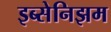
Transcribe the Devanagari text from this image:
इब्सेनिझम